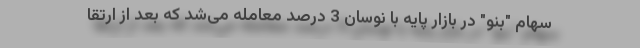
سهام "بنو" در بازار پایه با نوسان 3 درصد معامله می‌شد که بعد از ارتقا